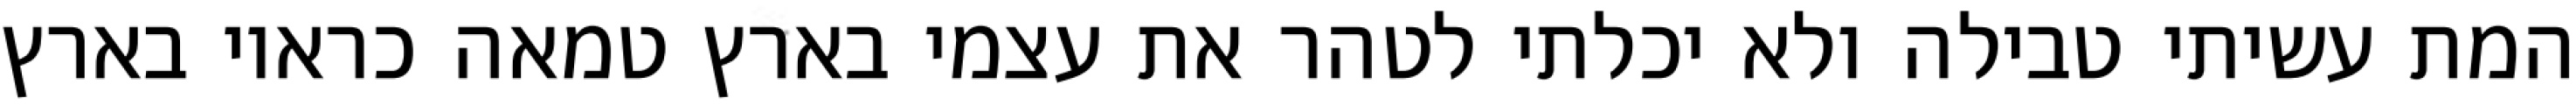
המת עשיתי טבילה ולא יכלתי לטהר את עצמי בארץ טמאה כראוי בארץ